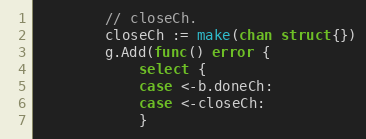
Language: Go
		// closeCh.
		closeCh := make(chan struct{})
		g.Add(func() error {
			select {
			case <-b.doneCh:
			case <-closeCh:
			}